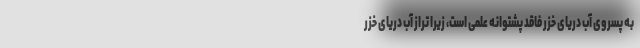
به پسروی آب دریای خزر فاقد پشتوانه علمی است، زیرا تراز آب دریای خزر